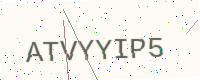
Text: ATVYYIP5